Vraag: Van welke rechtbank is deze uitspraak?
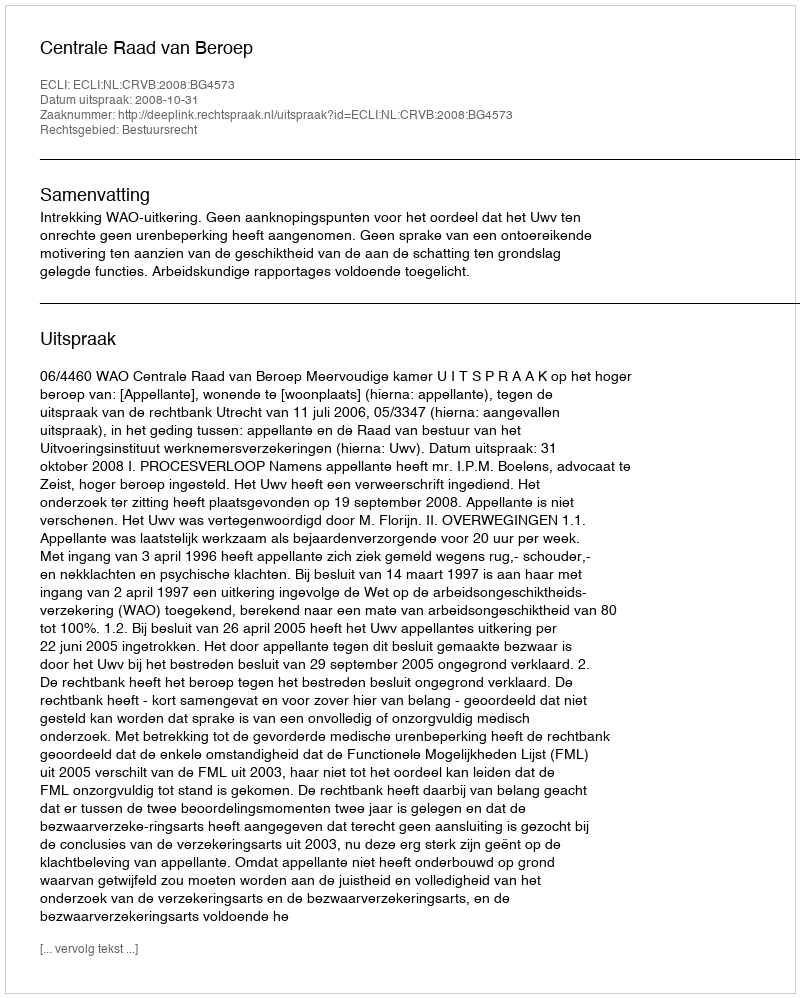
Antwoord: Centrale Raad van Beroep